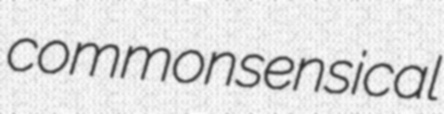
commonsensical